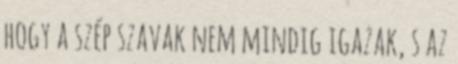
hogy a szép szavak nem mindig igazak, s az